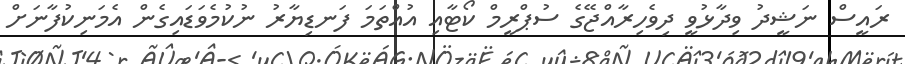
ރައީސް ނަޝީދު ވިދާޅުވީ ދިވެހިރާއްޖޭގެ ސުޕްރީމް ކޯޓާއި އުއްތަމަ ފަނޑިޔާރު ނުކުމެވަޑައިގެން އެމަނިކުފާނަށް